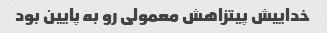
خداییش پیتزاهش معمولی رو به پایین بود